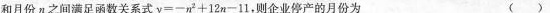
和月份n之间满足函数关系式$$y = - n ^ { 2 } +1 2 n - 1 1$$，则企业停产的月份为 ( )